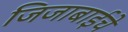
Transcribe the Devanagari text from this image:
जिजाबाईचे